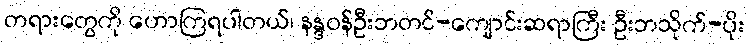
တရားတွေကို ဟောကြရပါတယ်၊ နန္ဒဝန်ဦးဘတင်-ကျောင်းဆရာကြီး ဦးဘသိုက်-ပိုး